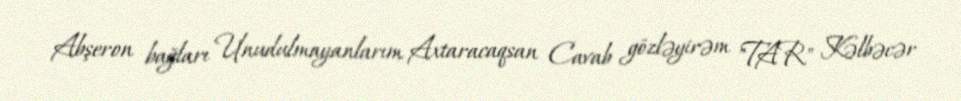
Abşeron bağları Unudulmayanlarım Axtaracaqsan Cavab gözləyirəm "TAR" Kəlbəcər